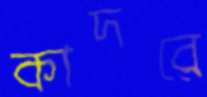
কাদরে